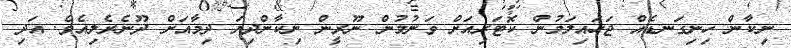
ނިކާން ހިނިގަނޑެއް ޖަހައިލަމުން ކޮޓަރިއަށް ވަނުމުން ނޫރީން ނިކާންދިޔަ ދިމާއަށް ދޫނެރެލިއެވެ. އަދި